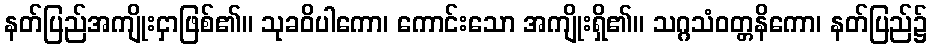
နတ်ပြည်အကျိုးငှာဖြစ်၏။ သုခဝိပါကော၊ ကောင်းသော အကျိုးရှိ၏။ သဂ္ဂသံဝတ္တနိကော၊ နတ်ပြည်၌